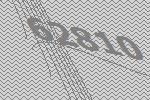
62810